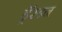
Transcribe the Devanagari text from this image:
ड्रॅस्डन